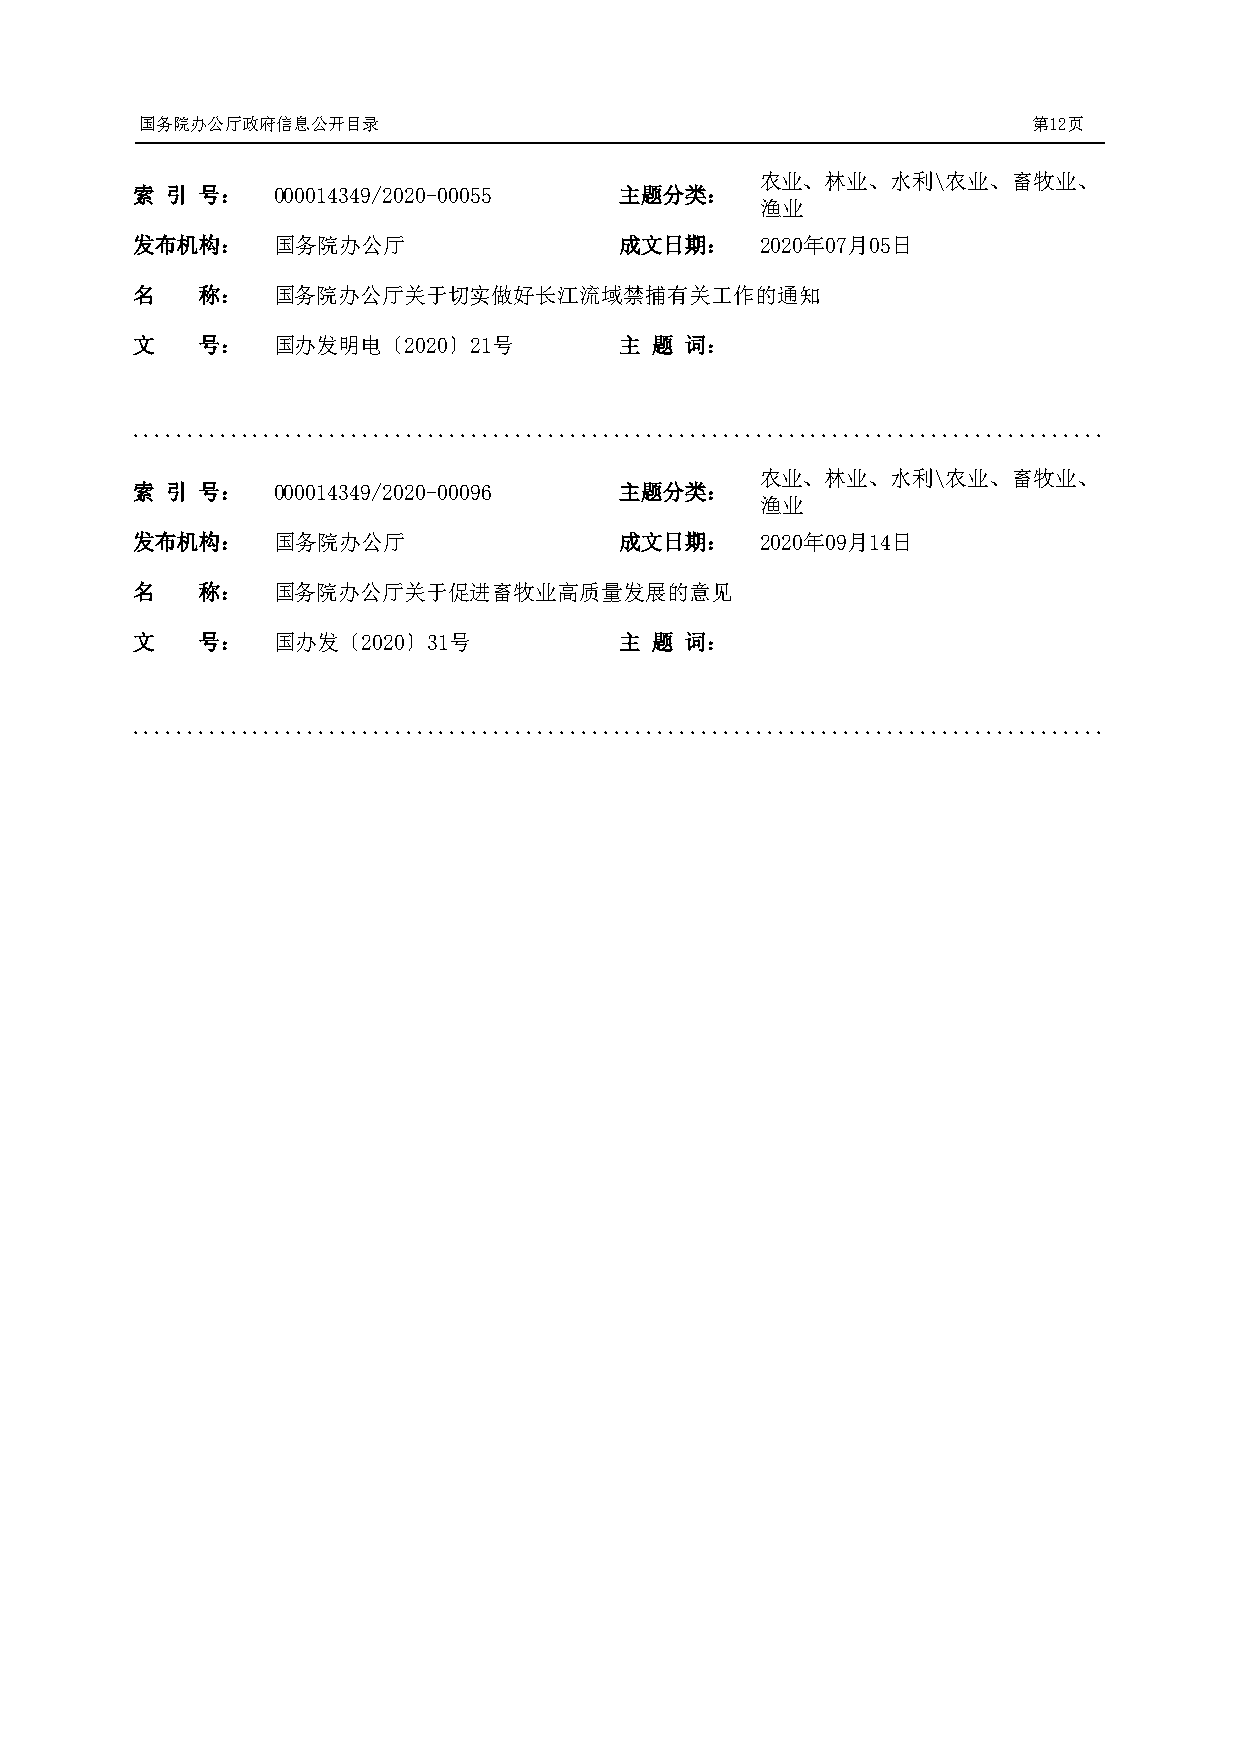
国务院办公厅政府信息公开目录                                             第12页
 农业、林业、水利\农业、畜牧业、
 索 引 号：   000014349/2020-00055   主题分类：
 渔业
 发布机构：    国务院办公厅                 成文日期：    2020年07月05日
 名   称：   国务院办公厅关于切实做好长江流域禁捕有关工作的通知
 文   号：   国办发明电〔2020〕21号         主 题 词：
 .........................................................................................
 农业、林业、水利\农业、畜牧业、
 索 引 号：   000014349/2020-00096   主题分类：
 渔业
 发布机构：    国务院办公厅                 成文日期：    2020年09月14日
 名   称：   国务院办公厅关于促进畜牧业高质量发展的意见
 文   号：   国办发〔2020〕31号           主 题 词：
 .........................................................................................